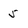
Character: 5